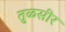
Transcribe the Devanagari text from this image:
तुळसीर